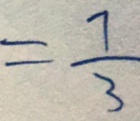
= \frac { 7 } { 3 }